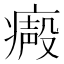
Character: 𤹥